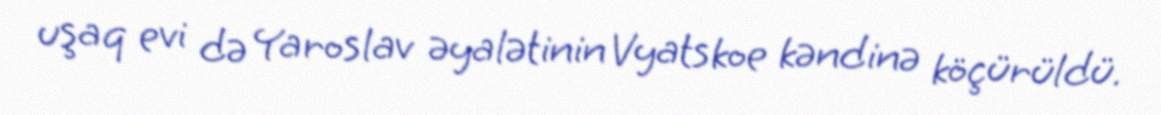
uşaq evi də Yaroslav əyalətinin Vyatskoe kəndinə köçürüldü.